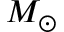
M _ { \odot }